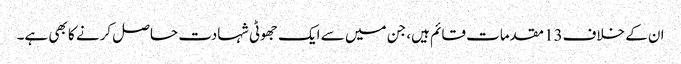
ان کے خلاف13 مقدمات قائم ہیں، جن میں سے ایک جھوٹی شہادت حاصل کرنے کا بھی ہے۔